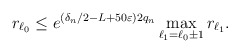
\begin{align*}r_{\ell_{0}} \leq e^{\left(\delta_{n}/2-L+50 \varepsilon\right) 2q_{n}} \max _{\ell_{1}=\ell_{0} \pm 1} r_{\ell_{1}}.\end{align*}